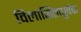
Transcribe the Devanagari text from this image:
विलासितापूर्वक